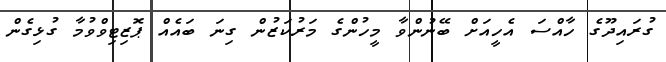
ގުރައިދޫގެ ހާއްސަ އެހީއަށް ބޭނުންވާ މީހުންގެ މަރުކަޒުން ގިނަ ބައެއް ޕޮޒިޓިވްވުމާ ގުޅިގެން